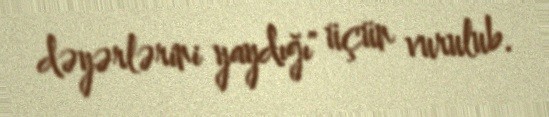
dəyərlərini yaydığı" üçün vurulub.